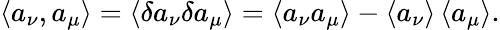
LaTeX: \left\langle a_{\nu},a_{\mu}\right\rangle=\left\langle\delta a_{\nu}\delta a_{\mu}\right\rangle=\left\langle a_{\nu}a_{\mu}\right\rangle-\left\langle a_{\nu}\right\rangle\left\langle a_{\mu}\right\rangle.